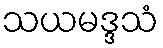
သယမဒ္ဒသံ